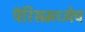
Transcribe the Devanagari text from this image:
पॅरिसमध्येच